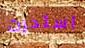
استدرت